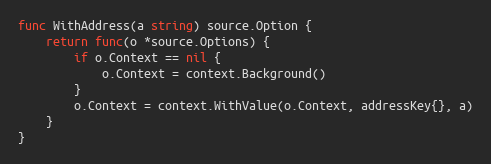
Language: Go
func WithAddress(a string) source.Option {
	return func(o *source.Options) {
		if o.Context == nil {
			o.Context = context.Background()
		}
		o.Context = context.WithValue(o.Context, addressKey{}, a)
	}
}